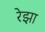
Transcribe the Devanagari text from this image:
रेझा